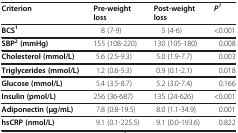
| Criterion | Pre-weight loss | Post-weight loss | P1 |
 | --- | --- | --- | --- |
 | BCS1 | 8 (7-9) | 5 (4-6) | <0.001 |
 | SBP2(mmHg) | 155 (108-220) | 130 (105-180) | 0.008 |
 | Cholesterol (mmol/L) | 5.6 (2.5-9.3) | 5.0 (1.9-7.7) | 0.003 |
 | Triglycerides (mmol/L) | 1.2 (0.6-5.3) | 0.9 (0.1-2.1) | 0.018 |
 | Glucose (mmol/L) | 5.4 (3.5-8.7) | 5.2 (3.0-7.4) | 0.166 |
 | Insulin (pmol/L) | 256 (36-687) | 135 (24-626) | <0.001 |
 | Adiponectin (μg/mL) | 7.8 (0.8-19.5) | 8.0 (1.1-34.9) | 0.001 |
 | hsCRP (nmol/L) | 9.1 (0.1-225.5) | 9.1 (0.0-193.6) | 0.822 |